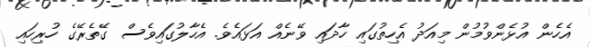
އެހެން އުޅެންވުމުން މިއަދު އެހިތުގައި ހާދައި ވޭނެއް އަޅައެވެ. އެހާލުގައިވެސް ގޭތެރޭގެ ހުރިހައި